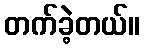
တက်ခဲ့တယ်။